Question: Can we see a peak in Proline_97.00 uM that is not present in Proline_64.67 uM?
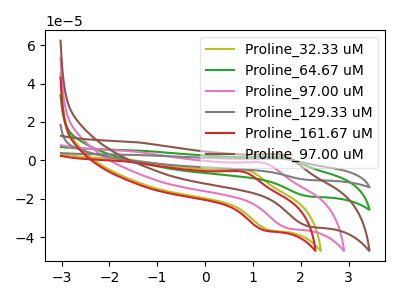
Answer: <think>The olive curve "Proline_32.33 uM" has an anodic peak at (0.85V, -5.00uA) and a cathodic peak at (1.35V, -36.30uA). The green curve "Proline_64.67 uM" has an anodic peak at (1.60V, 1.55uA) and a cathodic peak at (2.15V, -18.70uA). The pink curve "Proline_97.00 uM" has an anodic peak at (1.20V, -1.25uA) and a cathodic peak at (1.70V, -35.30uA). The gray curve "Proline_129.33 uM" has an anodic peak at (1.60V, 3.15uA) and a cathodic peak at (2.15V, -37.35uA). The red curve "Proline_161.67 uM" has an anodic peak at (0.80V, -5.85uA) and a cathodic peak at (1.25V, -36.50uA). The brown curve "Proline_97.00 uM" has an anodic peak at (1.60V, 2.90uA) and a cathodic peak at (2.15V, -34.25uA).
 All the peaks in "Proline_97.00 uM" have a peak in "Proline_64.67 uM" at the same potential. Every peak in "Proline_97.00 uM" is higher than every peak in "Proline_64.67 uM".</think>
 <answer>No, "Proline_97.00 uM" and "Proline_64.67 uM" don't appear to be significantly different in shape</answer>
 <eval>no_change</eval>